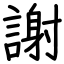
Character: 謝